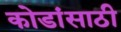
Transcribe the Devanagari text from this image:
कोडांसाठी